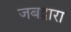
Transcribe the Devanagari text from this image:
जबद्वारा